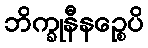
ဘိက္ခုနီနဉ္စေပိ